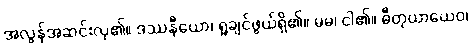
အလွန်အဆင်းလှ၏။ ဒဿနီယော၊ ရှုချင်ဖွယ်ရှိ၏။ မမ၊ ငါ၏။ ဓီတုယာယေဝ၊